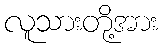
လူသားတို့အား